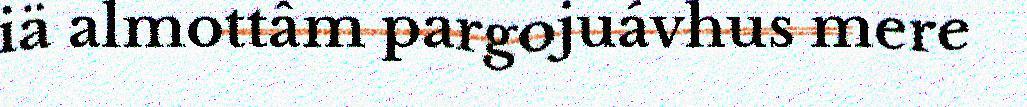
iä almottâm pargojuávhus mere